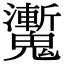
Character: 魙